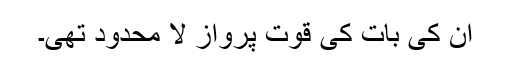
ان کی بات کی قوت پرواز لا محدود تھی۔